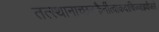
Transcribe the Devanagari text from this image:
तत्स्थानाच्छनकैर्नीत्वाकदाचिज्जाह्नवीजले